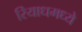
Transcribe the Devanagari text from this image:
रियाधमध्ये